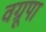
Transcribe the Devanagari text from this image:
वग्रूपा